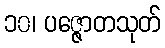
၁၀၊ ပဇ္ဇောတသုတ်